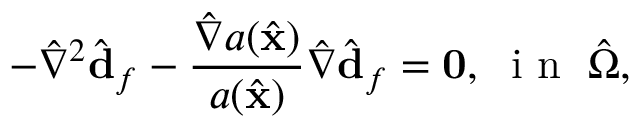
- \hat { \nabla } ^ { 2 } \hat { \mathbf { d } } _ { f } - \frac { \hat { \nabla } a ( \hat { \mathbf { x } } ) } { a ( \hat { \mathbf { x } } ) } \hat { \nabla } \hat { \mathbf { d } } _ { f } = \mathbf { 0 } , \; \mathrm { ~ i ~ n ~ } \; \hat { \Omega } ,